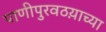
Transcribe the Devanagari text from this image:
पाणीपुरवठय़ाच्या